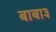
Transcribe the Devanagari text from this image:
बाबा३